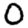
Digit: 0